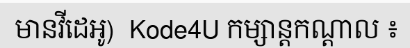
មានវីដេអូ)  Kode4U កម្សាន្តកណ្តាល ៖